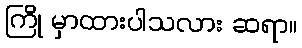
ကြို မှာထားပါသလား ဆရာ။